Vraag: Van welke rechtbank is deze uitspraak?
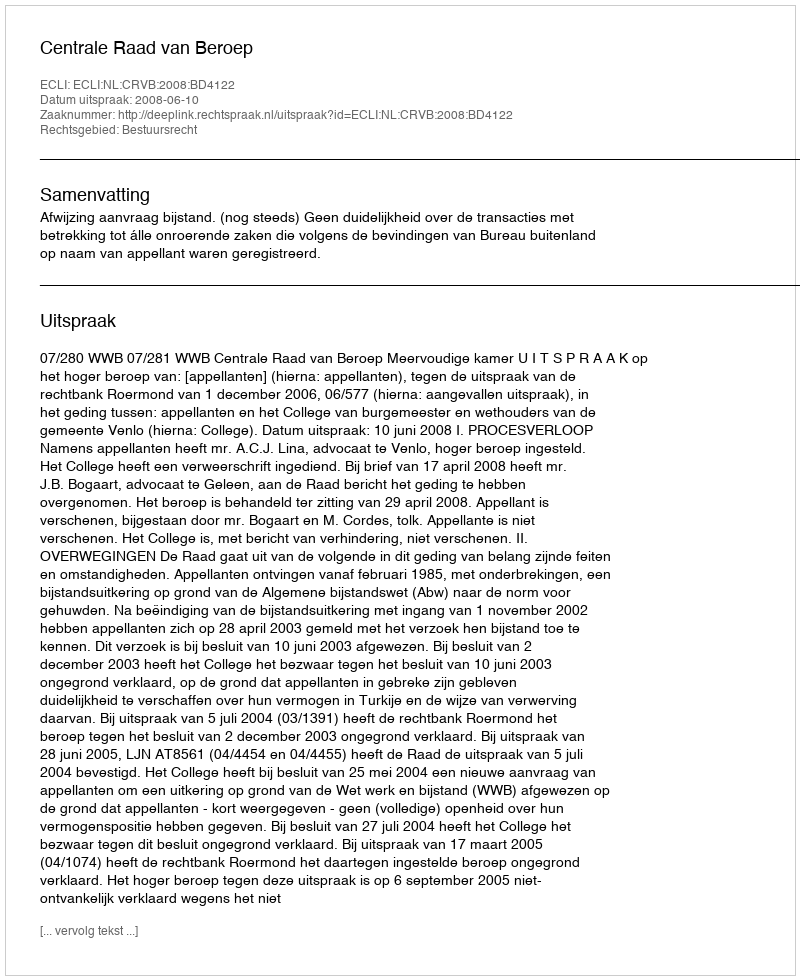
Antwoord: Centrale Raad van Beroep